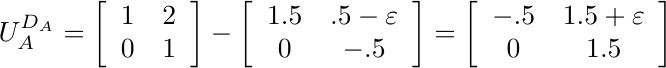
\begin{equation*}
U_A^{D_A} = \left[\begin{array}{c c}
1 & 2\\
0 & 1
\end{array}\right]-
\left[\begin{array}{ c c }
1.5 & .5-\varepsilon \\
0 & -.5
\end{array}\right] =
\left[\begin{array}{ c c }
-.5 & 1.5+\varepsilon \\
0 & 1.5
\end{array}\right]
\end{equation*}